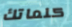
كلماتك